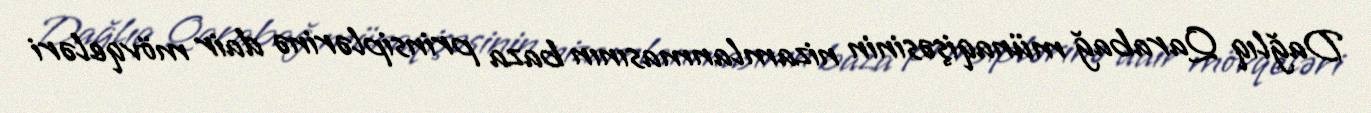
Dağlıq Qarabağ münaqişəsinin nizamlanmasının baza prinsiplərinə dair mövqeləri